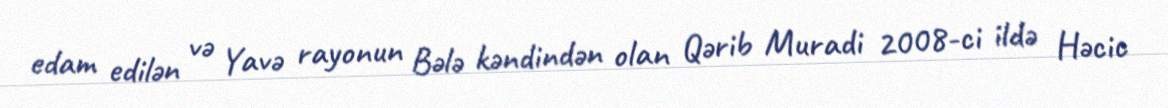
edam edilən və Yavə rayonun Bələ kəndindən olan Qərib Muradi 2008-ci ildə Həcic